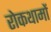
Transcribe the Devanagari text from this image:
रोकथामों